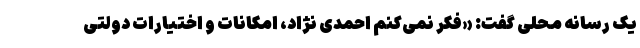
یک رسانه محلی گفت: «فکر نمی‌کنم احمدی نژاد، امکانات و اختیارات دولتی